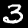
Digit: 3